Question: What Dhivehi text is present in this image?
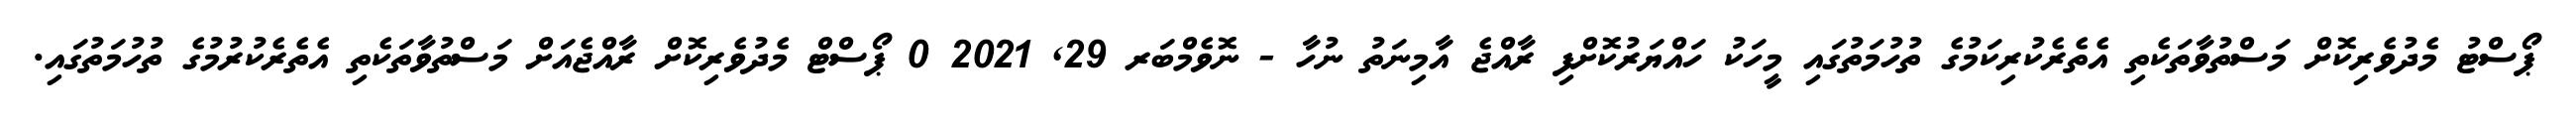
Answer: ޕޯސްޓު މެދުވެރިކޮށް މަސްތުވާތަކެތި އެތެރެކުރިކަމުގެ ތުހުމަތުގައި މީހަކު ހައްޔަރުކޮށްފި ރާއްޖެ އާމިނަތު ނުހާ - ނޮވެމްބަރ 29, 2021 0 ޕޯސްޓް މެދުވެރިކޮށް ރާއްޖެއަށް މަސްތުވާތަކެތި އެތެރެކުރުމުގެ ތުހުމަތުގައި.